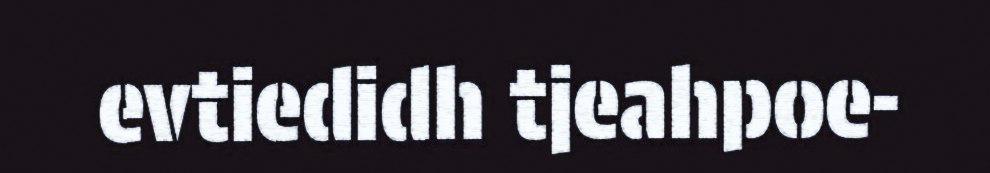
evtiedidh tjeahpoe-